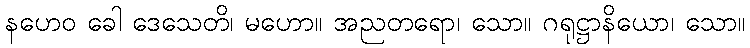
နဟေဝ ခေါ ဒေသေတိ၊ မဟော။ အညတရော၊ သော။ ဂရုဋ္ဌာနိယော၊ သော။